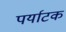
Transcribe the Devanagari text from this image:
पर्याटक